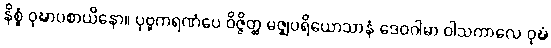
နိစ္စံ ဝုဍ္ဎာပစာယိနော။ ပုဗ္ဗကရဏံပေ ဝိဇ္ဇိတ္ထ မဇ္ဈပရိယောသာနံ ဒေဝဂါမာ ဝါသကာလေ ဝုဍ္ဎံ